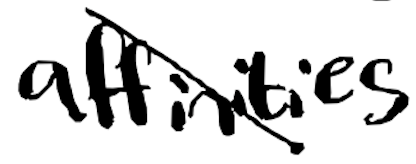
Text: affinities
Cross-out: diagonal
Writing tool: digital_black